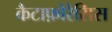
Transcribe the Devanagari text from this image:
कैटाफ़ोरेसिस